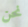
نحن